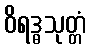
ဝိရဒ္ဓသုတ္တံ